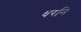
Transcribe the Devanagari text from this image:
धरनि